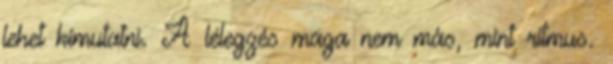
lehet kimutatni. A lélegzés maga nem más, mint ritmus.